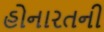
હોનારતની